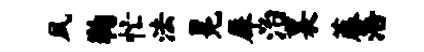
夙鞠忙法冕犀治襄藤浩